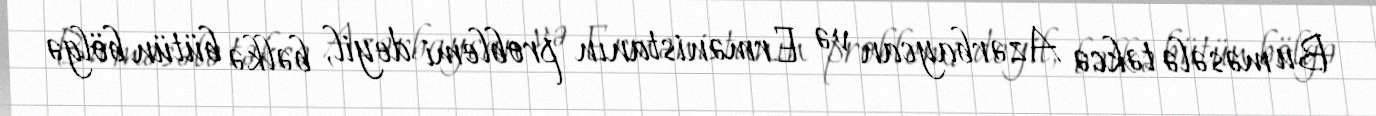
Bu məsələ təkcə Azərbaycan və Ermənistanın problemi deyil, bəlkə bütün bölgə